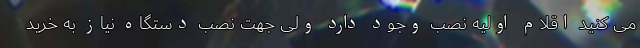
می کنید اقلام اولیه نصب وجود دارد ولی جهت نصب دستگاه نیاز به خرید